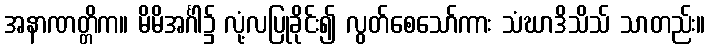
အနာဏတ္တိက။ မိမိအင်္ဂါ၌ လုံ့လပြုခိုင်း၍ လွတ်စေသော်ကား သံဃာဒိသိသ် သာတည်း။